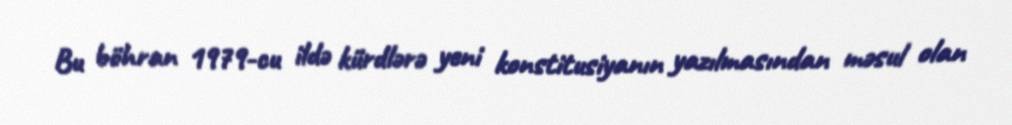
Bu böhran 1979-cu ildə kürdlərə yeni konstitusiyanın yazılmasından məsul olan